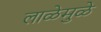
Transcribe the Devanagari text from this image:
लाळेमुळे